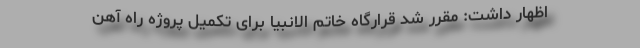
اظهار داشت: مقرر شد قرارگاه خاتم الانبیا برای تکمیل پروژه راه آهن